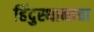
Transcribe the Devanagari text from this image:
हिंदुस्थानाचा